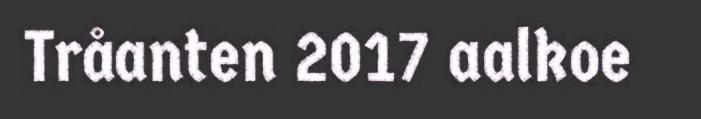
Tråanten 2017 aalkoe